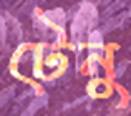
টেনু